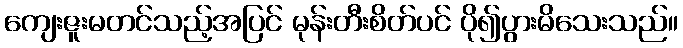
ကျေးဇူးမတင်သည့်အပြင် မုန်းတီးစိတ်ပင် ပို၍ပွားမိသေးသည်။